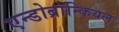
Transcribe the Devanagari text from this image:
एन्डोब्रॉन्कियल